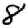
Digit: 8